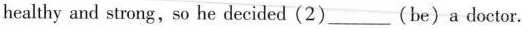
healthy and strong,so he decided(2)___(be)a doctor.